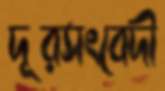
দূরসংবেদী